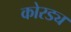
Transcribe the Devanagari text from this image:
कोरड्य